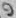
Text: 9